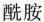
酰胺